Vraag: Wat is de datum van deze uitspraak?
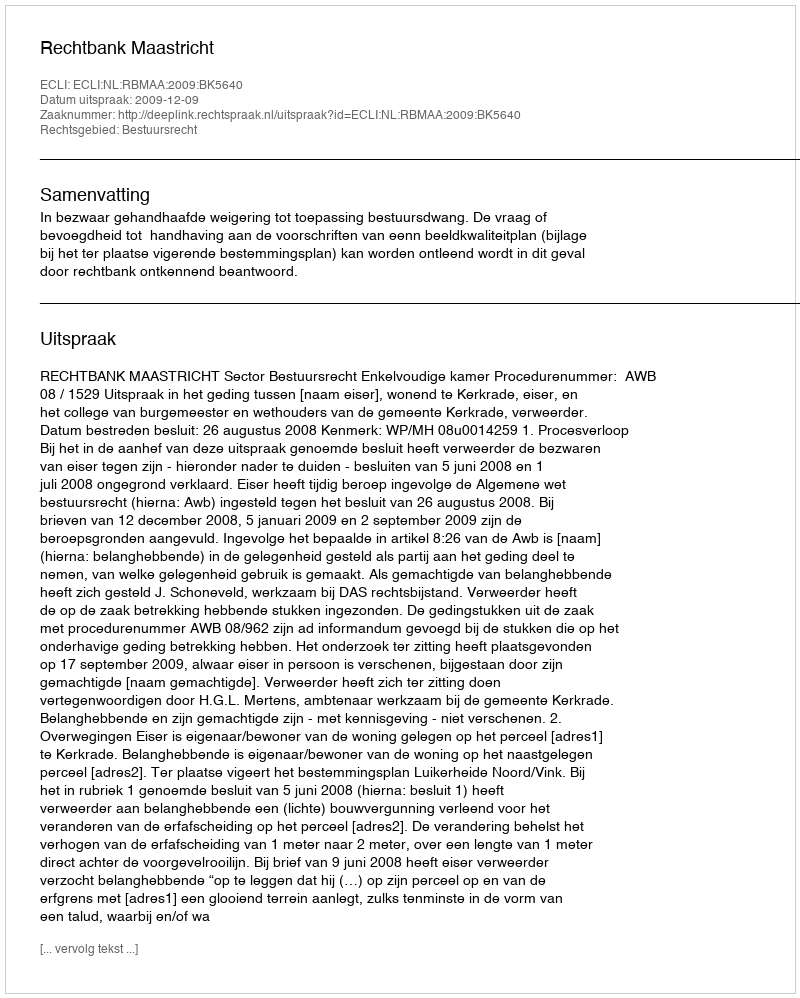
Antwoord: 2009-12-09